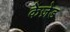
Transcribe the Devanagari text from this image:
केज़ेड